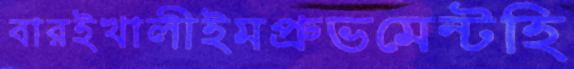
বারইখালীইমপ্রুভমেন্টহি